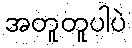
အတူတူပါပဲ